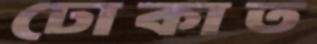
ঢোকাত